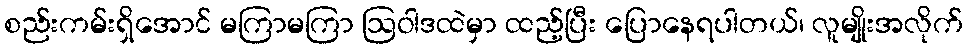
စည်းကမ်းရှိအောင် မကြာမကြာ ဩဝါဒထဲမှာ ထည့်ပြီး ပြောနေရပါတယ်၊ လူမျိုးအလိုက်